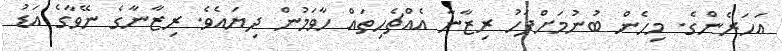
އަހަރެންގެ. މިހެން ބުނުމަށްފަހު ރިޒާނާ އެއްޗެހިތައް ހާވަމުން ދިޔައެވެ. ރިޒާނާގެ ނޭވާގެ އަޑު